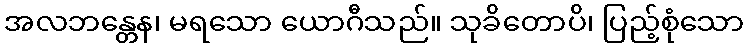
အလဘန္တေန၊ မရသော ယောဂီသည်။ သုခိတောပိ၊ ပြည့်စုံသော